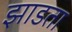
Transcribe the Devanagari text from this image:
झाडता